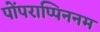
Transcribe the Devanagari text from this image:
पोंपराप्पिननम